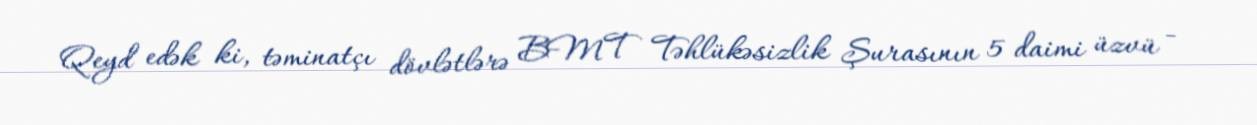
Qeyd edək ki, təminatçı dövlətlərə BMT Təhlükəsizlik Şurasının 5 daimi üzvü -